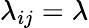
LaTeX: \lambda_{ij}=\lambda